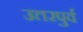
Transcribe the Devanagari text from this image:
उत्तरपुर्व